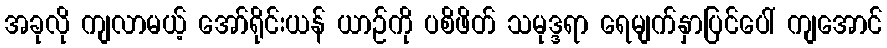
အခုလို ကျလာမယ့် အော်ရိုင်းယန် ယာဉ်ကို ပစိဖိတ် သမုဒ္ဒရာ ရေမျက်နှာပြင်ပေါ် ကျအောင်